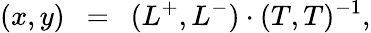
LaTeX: (x,y)~~=~~(L^{+},L^{-})\cdot(T,T)^{-1},